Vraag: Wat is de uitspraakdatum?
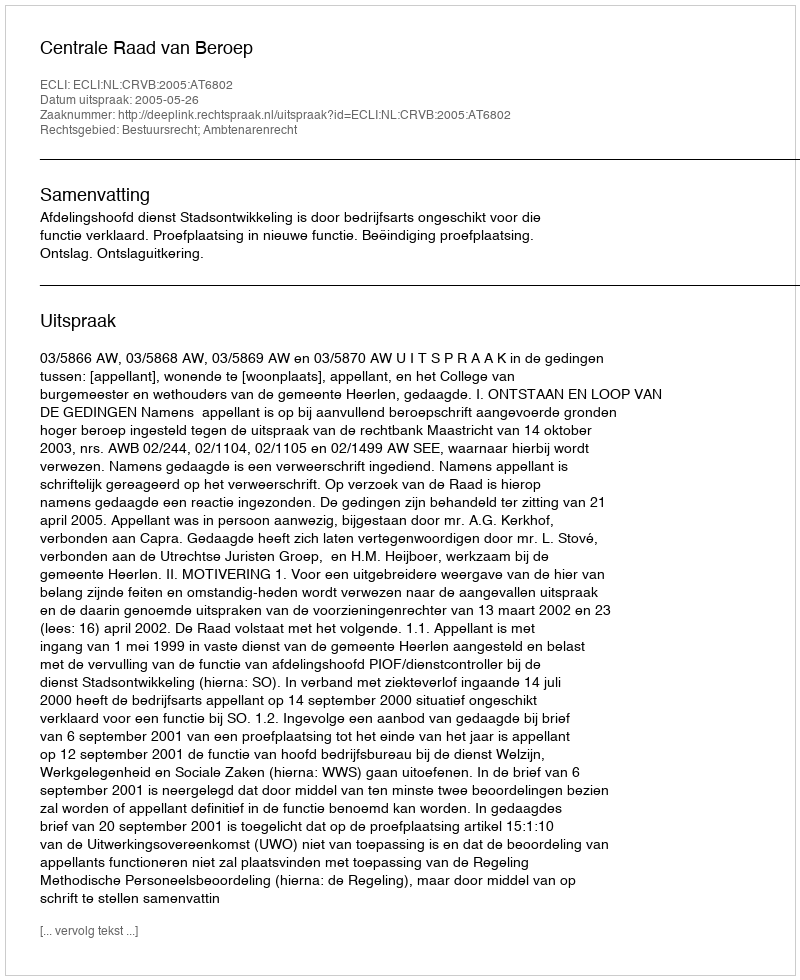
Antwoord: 2005-05-26